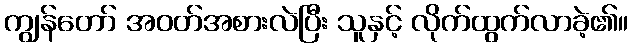
ကျွန်တော် အဝတ်အစားလဲပြီး သူနှင့် လိုက်ထွက်လာခဲ့၏။